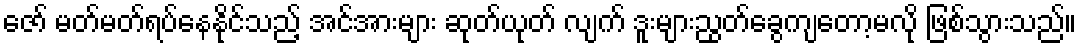
ဇော် မတ်မတ်ရပ်နေနိုင်သည့် အင်အားများ ဆုတ်ယုတ် လျက် ဒူးများညွတ်ခွေကျတော့မလို ဖြစ်သွားသည်။